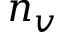
n _ { v }